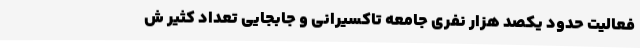
فعالیت حدود یکصد هزار نفری جامعه تاکسیرانی و جابجایی تعداد کثیر ش